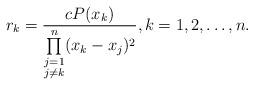
LaTeX: \begin{align*}r_k=\frac{cP(x_k)}{\prod\limits_{\substack{j=1\\j\neq k}}^n (x_k-x_j)^2},k=1,2,\dots, n.\end{align*}